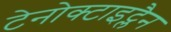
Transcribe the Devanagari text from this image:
टेनोक्टाइट्लैन